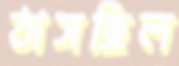
ঠাসছিল